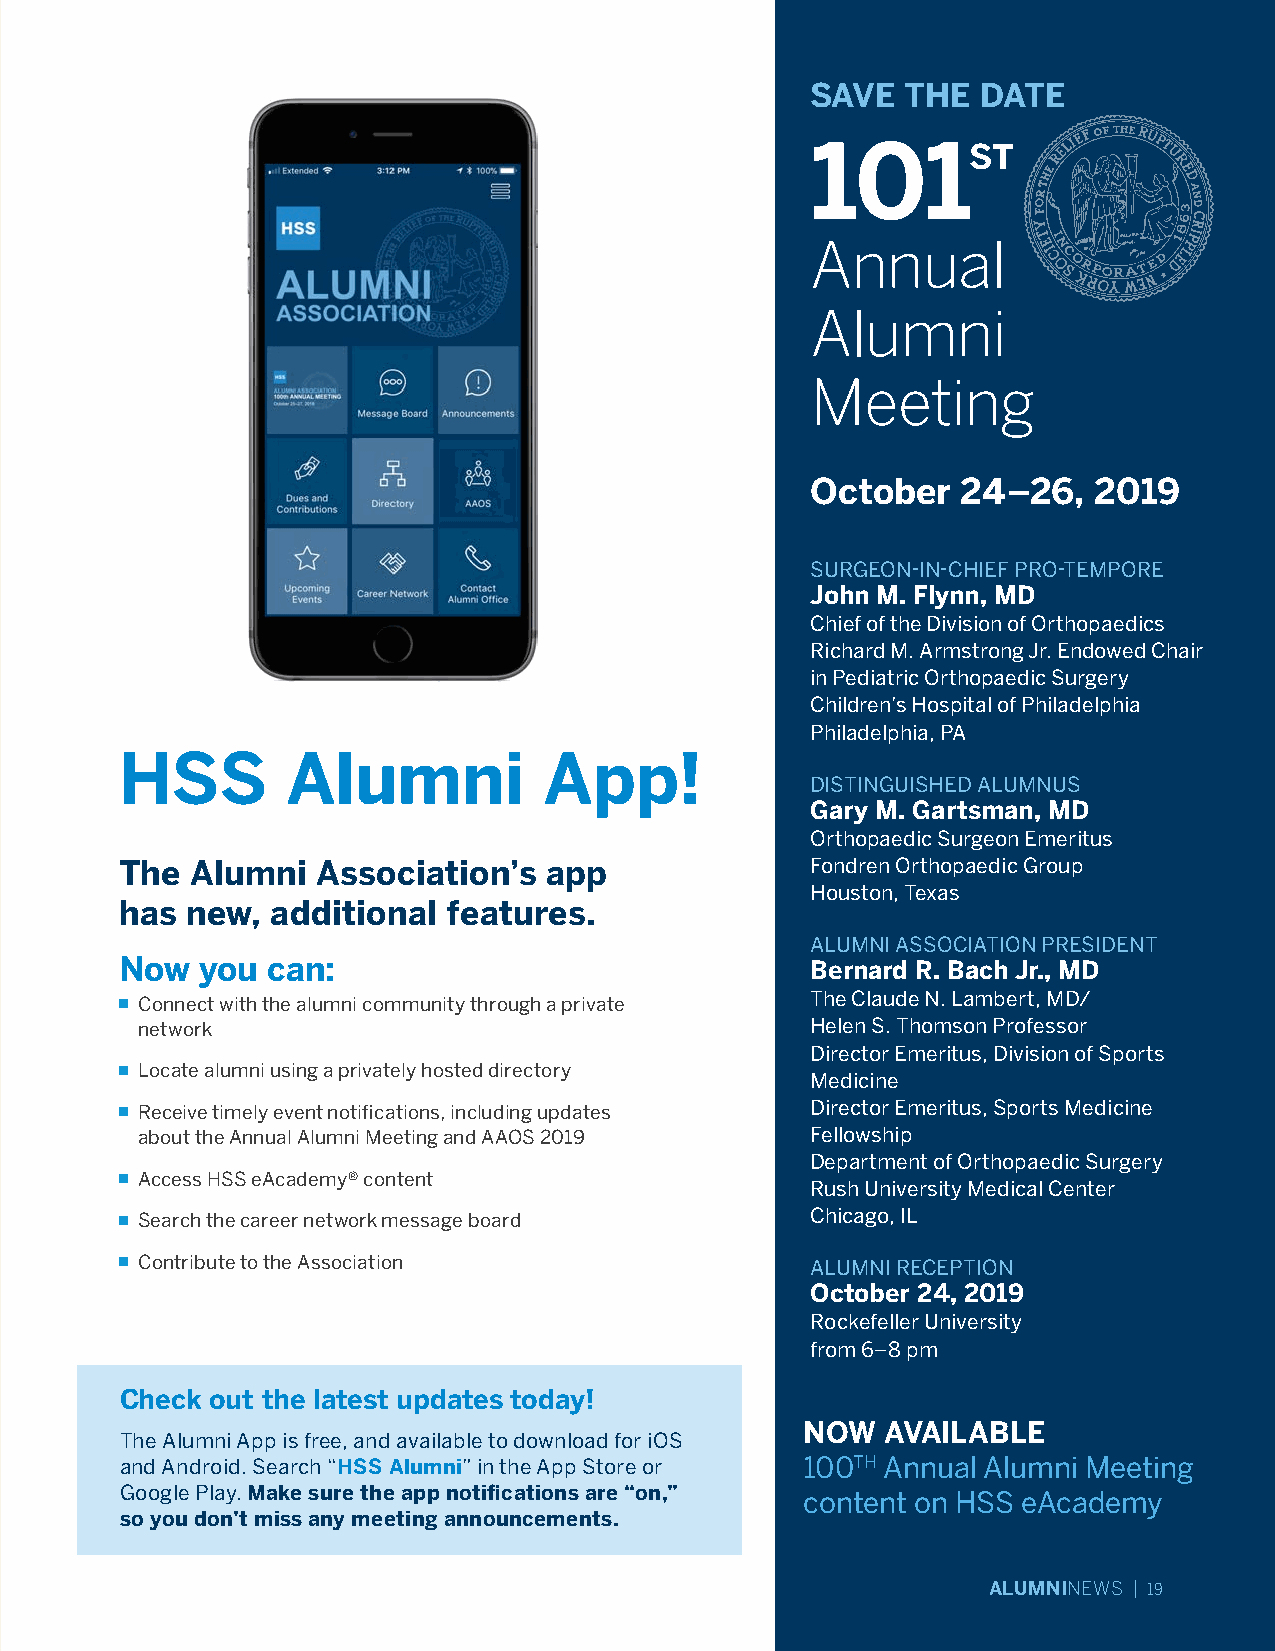
SAVE  THE  DATE
 101ST
 Annual
 Alumni
 Meeting
 October   24–26,  2019
 SURGEON-IN-CHIEF PRO-TEMPORE
 John M. Flynn, MD
 Chief of the Division of Orthopaedics
 Richard M. Armstrong Jr. Endowed Chair
 in Pediatric Orthopaedic Surgery
 Children’s Hospital of Philadelphia
 Philadelphia, PA
 HSS        Alumni           App!
 DISTINGUISHED ALUMNUS
 Gary M. Gartsman, MD
 Orthopaedic Surgeon Emeritus
 The  Alumni  Association’s  app               Fondren Orthopaedic Group
 Houston, Texas
 has new,  additional  features.
 ALUMNI ASSOCIATION PRESIDENT
 Now  you  can:                                Bernard R. Bach Jr., MD
 ■ Connect with the alumni community through a private The Claude N. Lambert, MD/
 network                                      Helen S. Thomson Professor
 Director Emeritus, Division of Sports
 ■ Locate alumni using a privately hosted directory
 Medicine
 ■ Receive timely event notifications, including updates Director Emeritus, Sports Medicine
 about the Annual Alumni Meeting and AAOS 2019 Fellowship
 Department of Orthopaedic Surgery
 ■ Access HSS eAcademy® content
 Rush University Medical Center
 ■ Search the career network message board     Chicago, IL
 ■ Contribute to the Association               ALUMNI RECEPTION
 October 24, 2019
 Rockefeller University
 from 6–8 pm
 Check out the latest updates today!
 NOW   AVAILABLE
 The Alumni App is free, and available to download for iOS
 and Android. Search “HSS Alumni” in the App Store or 100TH Annual Alumni Meeting
 Google Play. Make sure the app notifications are “on,” content on HSS eAcademy
 so you don’t miss any meeting announcements.
 ALUMNINEWS | 19